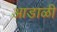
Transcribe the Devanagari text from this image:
आडाळी